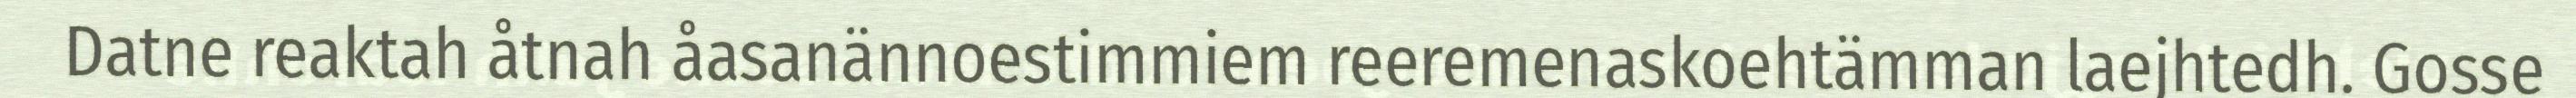
Datne reaktah åtnah åasanännoestimmiem reeremenaskoehtämman laejhtedh. Gosse